Civil Veterinary Department. United Provinces 1912-22 - 1912-1922
Year: 1912
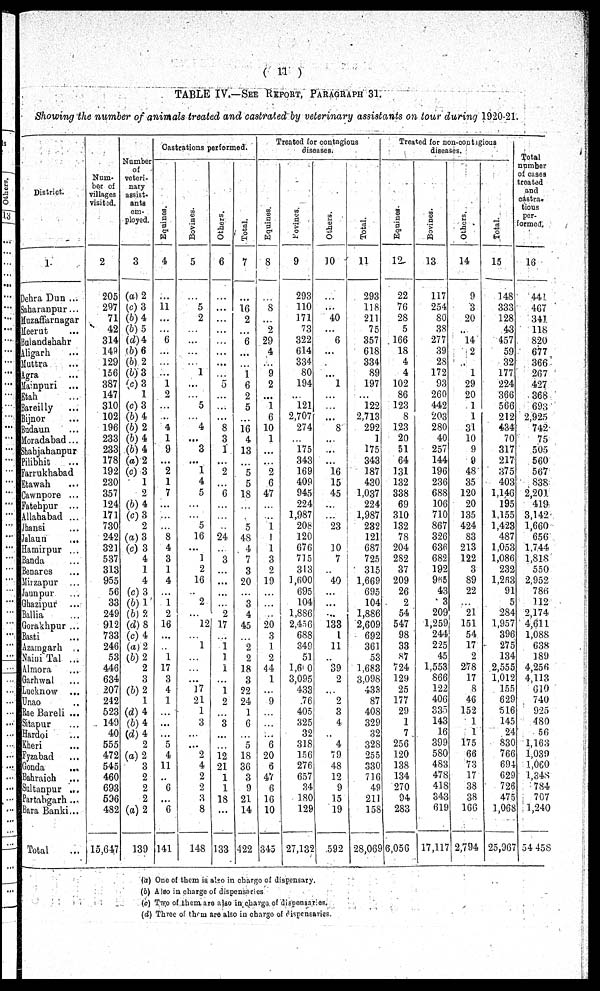
(11)
TABLE IV.—SEE REPORT, PARAGRAPHS 31.
Showing the number of animals treated and castrated by veterinary assistants on tour during 1920-21.
District.
1
Dehra Dun ...
Saharanpur...
Muzaffarnagar
Meerut ...
Bulandshahr
Aligarh ...
Muttra ...
Agra ...
Mainpuri ...
Etah ...
Bareilly ...
Bijnor ...
Budaun ...
Moradabad ...
Shabjahanpur
Pilibhit ...
Farrukhabad
Etawah ...
Cawnpore ...
Fatehpur ...
Allahabad ...
Jhansi ...
Jalaun
...
Hamirpur ...
Banda ...
Benares ...
Mirzapur ...
Jaunpur ...
Ghazipur ...
Ballia ...
Gorakhpur ...
Basti ...
Azamgarh ...
Naini Tal ...
Almora ...
Garhwal ...
Lucknow ...
Unao ...
Rae Bareli ...
Sitapur ...
Hardoi ...
Kheri ...
Fyzabad ...
Gonda ...
Bahraich ...
Sultanpur ...
Partahgarh ...
Bara Banki...
Total ...
Num-
ber of
villages
visited.
2
205
297
71
42
314
149
129
156
387
147
310
102
196
233
233
178
192
230
357
124
171
730
242
321
537
313
955
56
33
249
912
733
246
53
446
634
207
242
523
149
40
555
472
545
460
693
596
482
15,647
Number
of
veteri-
nary
assist-
ants
em-
ployed.
3
(a) 2
(c) 3
(b) 4
(b) 5
(d) 4
(b) 6
(b) 2
(b) 3
(c) 3
1
(c) 3
(b) 4
(b) 2
(b) 4
(b) 4
(a) 2
(c) 3
1
2
(b) 4
(c) 3
2
(a) 3
(c) 3
4
1
4
(c) 3
(b) 1
(b) 2
(d) 8
(c) 4
(a) 2
(b) 2
2
3
(b) 2
1
(d) 4
(b) 4
(d) 4
2
(a) 2
3
2
2
2
(a) 2
139
Castrations performed.
Equines.
4
...
11
...
...
6
...
...
...
1
2
...
...
4
1
9
...
2
1
7
...
...
...
8
4
3
1
4
1
2
16
...
1
17
3
4
1
...
...
...
5
4
11
..
6
...
6
141
Bovines.
5
...
5
2
...
...
...
...
1
...
...
5
...
4
...
3
...
1
4
5
...
...
5
16
...
1
2
16
...
2
...
12
...
1
...
...
...
17
21
1
3
...
...
2
4
2
2
3
8
148
Others.
6
...
...
...
...
...
...
...
...
5
...
...
...
8
3
1
...
2
...
6
...
...
...
24
3
...
...
...
9
17 ...
1
1
1
...
1
2
...
3
...
...
12
21
1
1
18
...
133
Total.
7
...
16
2
...
6
...
...
1
6
2
5
16
4
13
...
5
5
18
...
...
5
48
4
7
3
20
...
3
4
45
...
2
9
18
3
22
24
1
6
...
5
18
36
3
9
21
14
422
Treated for contagious
diseases.
Equines.
8
...
8
...
2
29
4
...
9
2
...
1
6
10
1
...
...
2
6
47
...
...
1
1
1
3
9
19
...
...
...
20
3
J
2
44
1
...
9
...
...
...
6
20
6
47
6
16
10
345
Bovines.
9
293
110
171
73
322
614
334
80
194
...
121
2,707
274
...
175
343
169
409
945
224
1,987
20b
120
676
715
313
1,600
695
104
1,886
2,456
688
349
51
1,600
3,095
433
76
405
325
32
318
156
276
657
34
180
129
27,135
Others.
10
...
...
40
...
6
...
...
...
1
...
...
...
8
...
...
...
16
15
45
...
...
23
...
10
7
...
40
...
...
...
133
...
11
...
39
2
...
2
3
4
...
4
79
48
12
9
15
19
592
Total.
11
293
118
211
75
357
618
334
89
197
...
122
2,713
292
1
175
343
187
430
1,037
224
1,987
232
121
687
725
315
1,669
695
104
1,886
2,609
692
361
53
1.683
3,098
433
87
408
329
32
328
255
330
716
49
211
158
28,069
Treated for non-contigious
diseases.
Equine.
12
22
76
28
5
166
18
4
4
102
86
123
8
123
20
51
64
131
132
338
69
310
132
78
204
282
37
209
26
2
54
547
98
33
87
724
129
25
177
29
1
7
256
120
138
134
270
94
283
6,056
Bovines.
13
117
254
80
38
277
39
28
172
93
260
442
203
280
40
257
144
196
236
688
106
710
867
326
636
682
192
965
43
3
209
1,259
244
225
45
1,553
866
122
406
335
143
16
399
580
483
478
418
343
619
17,117
Others.
14
9
3
20
14
2
1
29
20
1
1
31
10
9
0
48
35
120
20
135
424
83
213
122
3
89
22
"21
151
54
17
2
278
17
8
46
152
i
1
1
175
66
73
17
38
38
166
2,794
Total.
15
148
333
128
43
457
59
32
177
224
366
566
212
434
70
317
217
375
403
1,146
195
1,155
1,423
487
1,053
1,086
232
1,263
91
5
284
1,957
396
275
134
2,555
1,012
155
629
516
145
24
830
766
694
629
726
475
1,068
25,967
Total
number
of cases
treated
and
castra-
tions
per-
formed.
16
441
467
341
118
820
677
366
267
427
368
693
2,925
742
75
505
560
567
838
2,201
419
3,142
1,660
656
1,744
1,818
550
2,952
786
112
2,174
4,611
1,088
638
189
4,256
4,113
610
740
925
480
56
1,163
1,039
1,060
1,348
784
707
1,240
54 458
(a) One of them is also in charge of dispensary.
(b) Also in charge of dispensaries
(c) Two of them are also in charge of dispensaries.
(d) Three of them are also in charge of dispensaries.